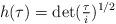
LaTeX: \begin{align*}h(\tau)=\det(\tfrac{\tau}{i})^{1/2}\end{align*}